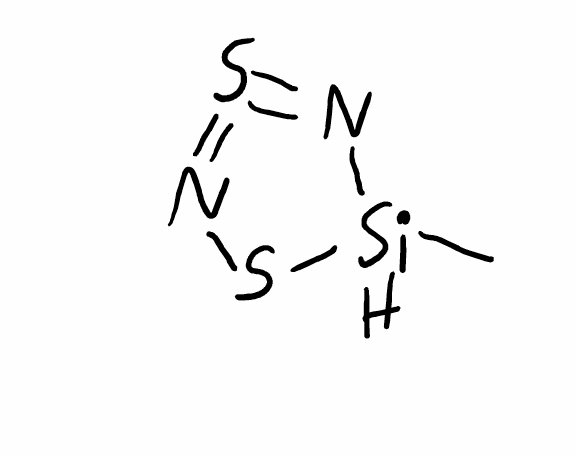
Simplified molecular-input line-entry system (SMILES) notation of the given molecule:
C[SiH]1N=S=NS1